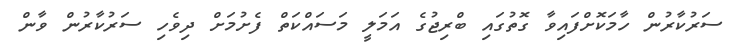
ސަރުކާރުން ހާމަކޮށްފައިވާ ގޮތުގައި ބްރިޖުގެ އަމަލީ މަސައްކަތް ފެށުމަށް ދިވެހި ސަރުކާރުން ވާން